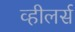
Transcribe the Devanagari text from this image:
व्हीलर्स